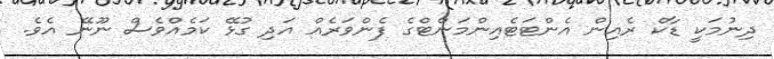
ދިނުމަކީ ޑާކް ރެއިން އެންޓަޓެއިންމަންޓްގެ ފެންވަރެއް އަދި ގުޅޭ ކަމެއްވެސް ނޫނޭ އެވެ.